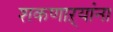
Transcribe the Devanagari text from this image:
शकणाऱ्यांना